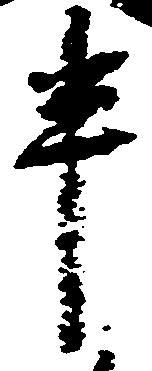
半